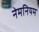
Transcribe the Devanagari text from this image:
नेमनियम